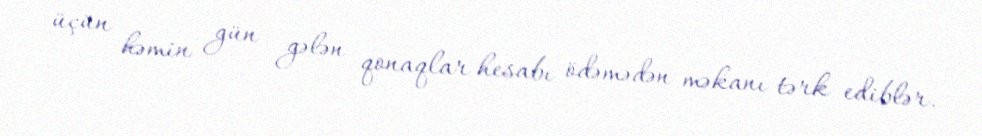
üçün həmin gün gələn qonaqlar hesabı ödəmədən məkanı tərk ediblər.